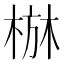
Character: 𱣭